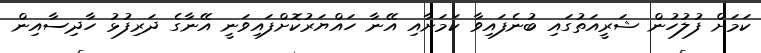
ކަމަށް ފުލުހުން ޝަރީއަތުގައި ބުނެފައިވާ ކަމަށާއި އޭނާ ހައްޔަރުކޮށްފައިވަނީ އޭނާގެ ދަރިފުޅު ހާދިސާއިން